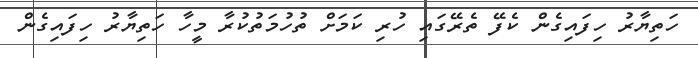
ހަތިޔާރު ހިފައިގެން ކެފޭ ތެރޭގައި ހުރި ކަމަށް ތުހުމަތުކުރާ މީހާ ހަތިޔާރު ހިފައިގެން